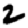
Digit: 2